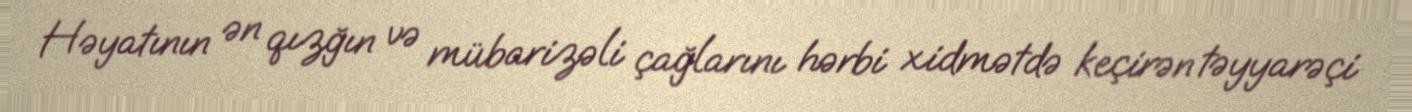
Həyatının ən qızğın və mübarizəli çağlarını hərbi xidmətdə keçirən təyyarəçi